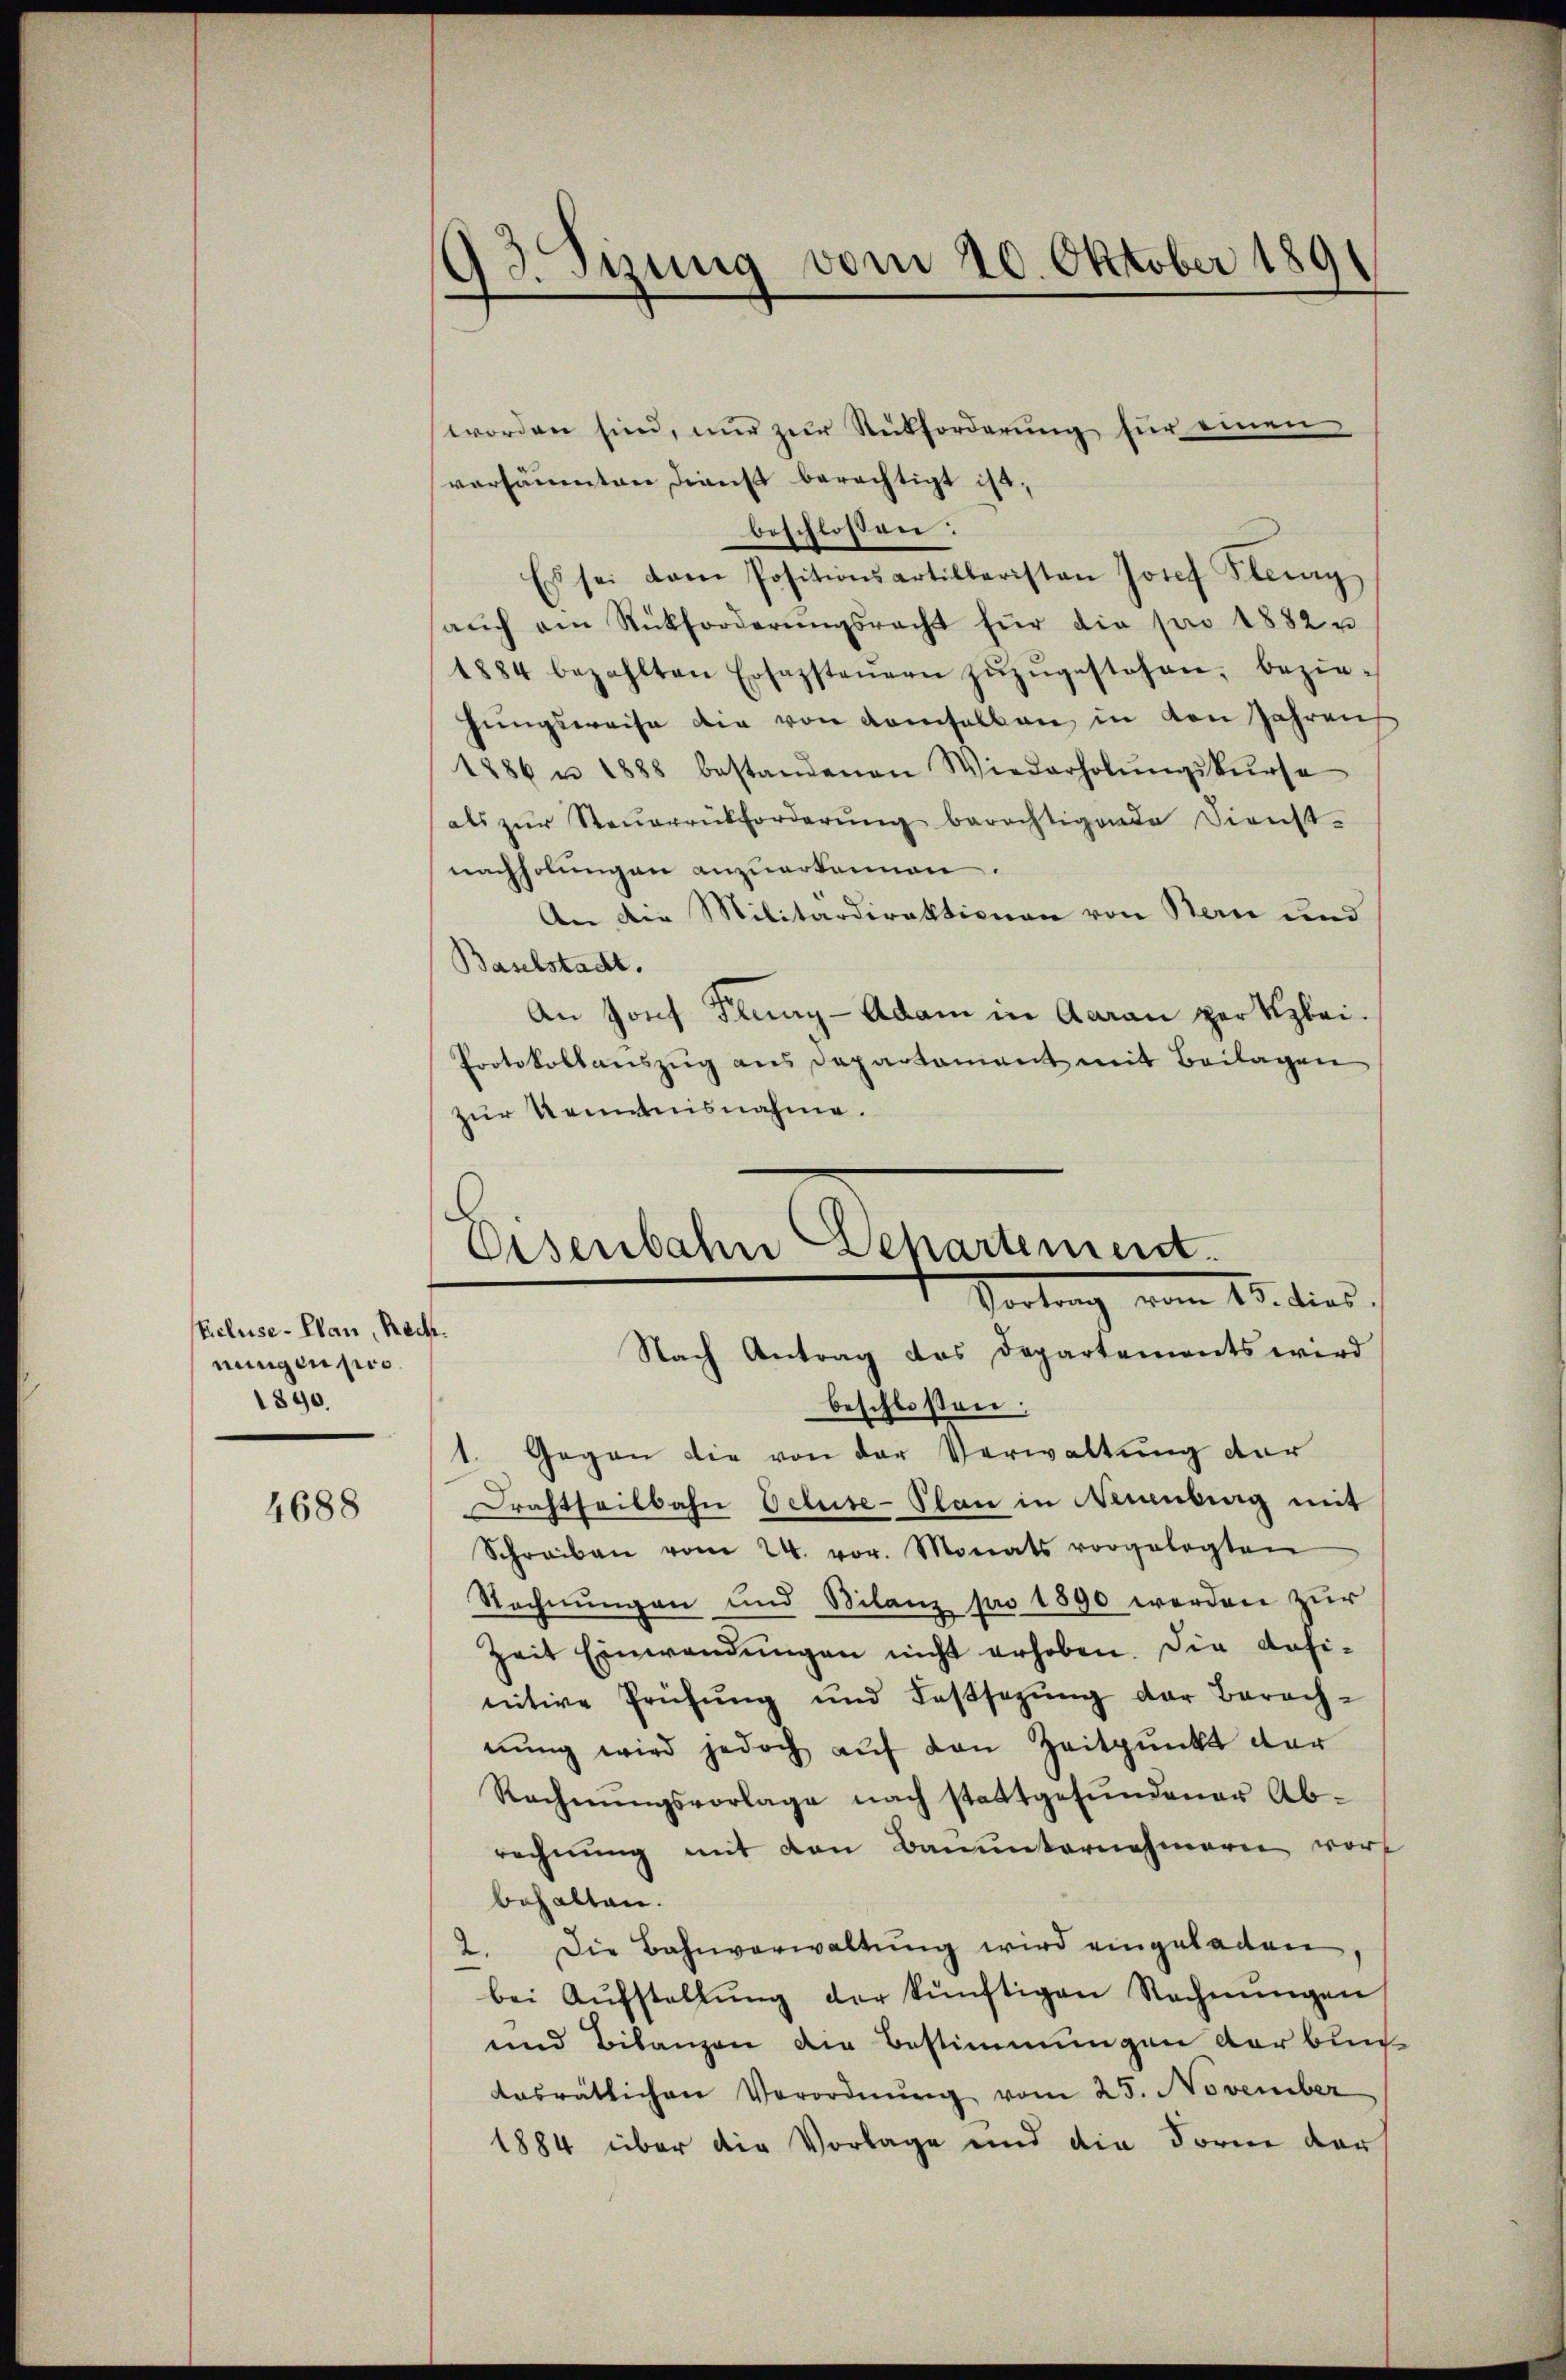
Eicluse-Plan, Rech
nungen pro
1890.

4688

43. Sizung vom 20. Oktober 189

worden sind, nŭr zŭr Rückforderŭng für einen
versäumten Dienst berechtigt ist,
beschloßen:
Es sei dem Positionsartilleristen Josef Flurg
aŭch am Rückforderŭngsrecht für die pro 1882 u
1884 bezahlten Ersazsteuern zŭzŭgestehen, bezie-
hungsweise die von demselben in von Jahrens
1886 u. 1888 bestandenen Wiederholŭngskŭrse
als zŭr Steŭerrückforderŭng berechtigende Dienst-
nachholungen anzuerkennen.
An die Militärdirektionen von Bern und
Baselstadt.
An Jonf Flung - Adam in Aarau per Klei¬
Protokollanszŭg ans Departament mit Beilagen
zur Kenntnisnahme.
beschlossen:
1. Gegen die von der Verwaltung der
Drahtheilbahn Octuse-Plan in Neuenburg mit
Schreiben vom 24. vor. Monats vorgelegten
Rechnungen und Bilanz pro 1890 werden zur
Zeit Einwendungen nicht erhoben. Die Ansi-
nitive Prüfŭng und Festsetzŭng der Barach-
nŭng wird jedoch aŭf den Zeitpunkt der
Rechnŭngsvorlage nach stattgefŭndener Ab-
rechnung mit von Bauunternehmern worf
behalten.
2. Die Bahnverwaltung wird eingeladen
bei Aŭfstellŭng der künftigen Rechnŭngen
und Bilanzen die Bestimmungen der bun
aosrätlichen Verordnŭng vom 25. November
1884 über die Vorlage und die Form der

Eisenbahn Departement.
Vortrag vom 15. dies
Nach Antrag des Departements wird